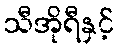
သီအိုရီနှင့်